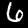
Label: 6